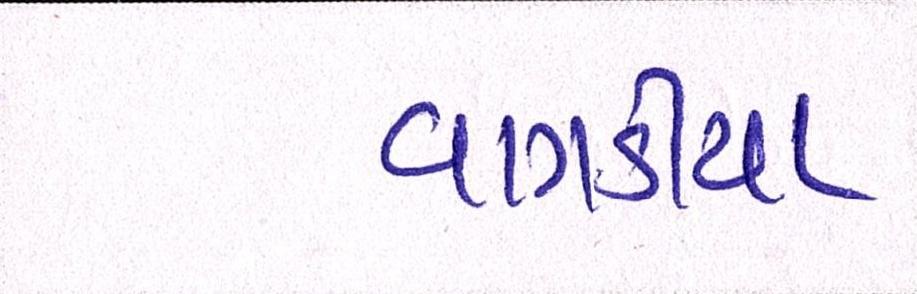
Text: વાગડીયા